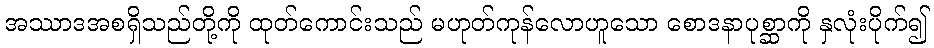
အဿာဒအစရှိသည်တို့ကို ထုတ်ကောင်းသည် မဟုတ်ကုန်လောဟူသော စောဒနာပုစ္ဆာကို နှလုံးပိုက်၍